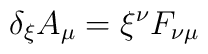
\delta_\xi A_\mu=\xi^\nu F_{\nu\mu}